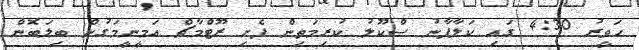
ހަވީރު 4:30 ގައި ކަލާފާނު ސްކޫލު ކުރިމަތިން ފެށި ރޫޓްމާޗް އަމީނީމަގުން ބިލަބޮން